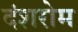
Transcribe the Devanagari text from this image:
दंशरोम